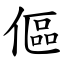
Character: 傴